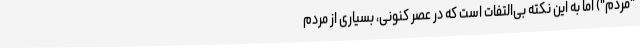
"مردم") اما به این نکته بی‌التفات است که در عصر کنونی، بسیاری از مردم